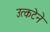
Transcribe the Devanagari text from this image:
उत्कटेने